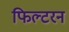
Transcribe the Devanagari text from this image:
फिल्टरन